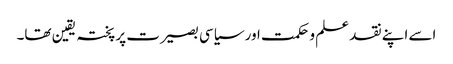
اسے اپنے نقد علم و حکمت اور سیاسی بصیرت پر پختہ یقین تھا۔